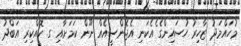
މުހައްމަދު ޒާހިރު ހުސައިންގެ ެއެކަނި އެޖެންސީއެއް ނޫން ކަމަށާއި ގ. ކޮއްކިރި އަބްދު